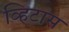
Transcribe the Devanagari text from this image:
व्हिटास